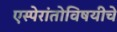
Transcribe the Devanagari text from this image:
एस्पेरांतोविषयीचे